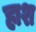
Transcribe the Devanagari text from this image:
हाश